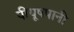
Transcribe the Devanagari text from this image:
पीयूषपानी